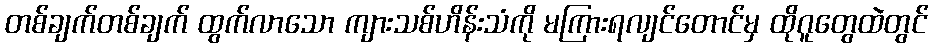
တစ်ချက်တစ်ချက် ထွက်လာသော ကျားသစ်ဟိန်းသံကို မကြားရလျင်တောင်မှ ထိုဂူတွေထဲတွင်